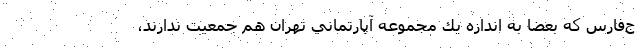
ج‌فارس كه بعضا به اندازه يك مجموعه آپارتماني تهران هم جمعيت ندارند،